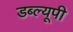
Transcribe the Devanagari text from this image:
डब्ल्यूपी